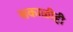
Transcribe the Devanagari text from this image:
सकाळीही